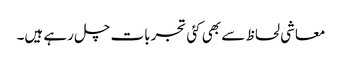
معاشی لحاظ سے بھی کئی تجربات چل رہے ہیں۔